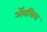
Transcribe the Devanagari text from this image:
अॅबसिस